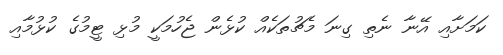
ކަމަށާއި އޭނާ ނެތި ގިނަ މެޗުތަކެއް ކުޅެން ޖެހުމަކީ މުޅި ޓީމުގެ ކުޅުމާއި